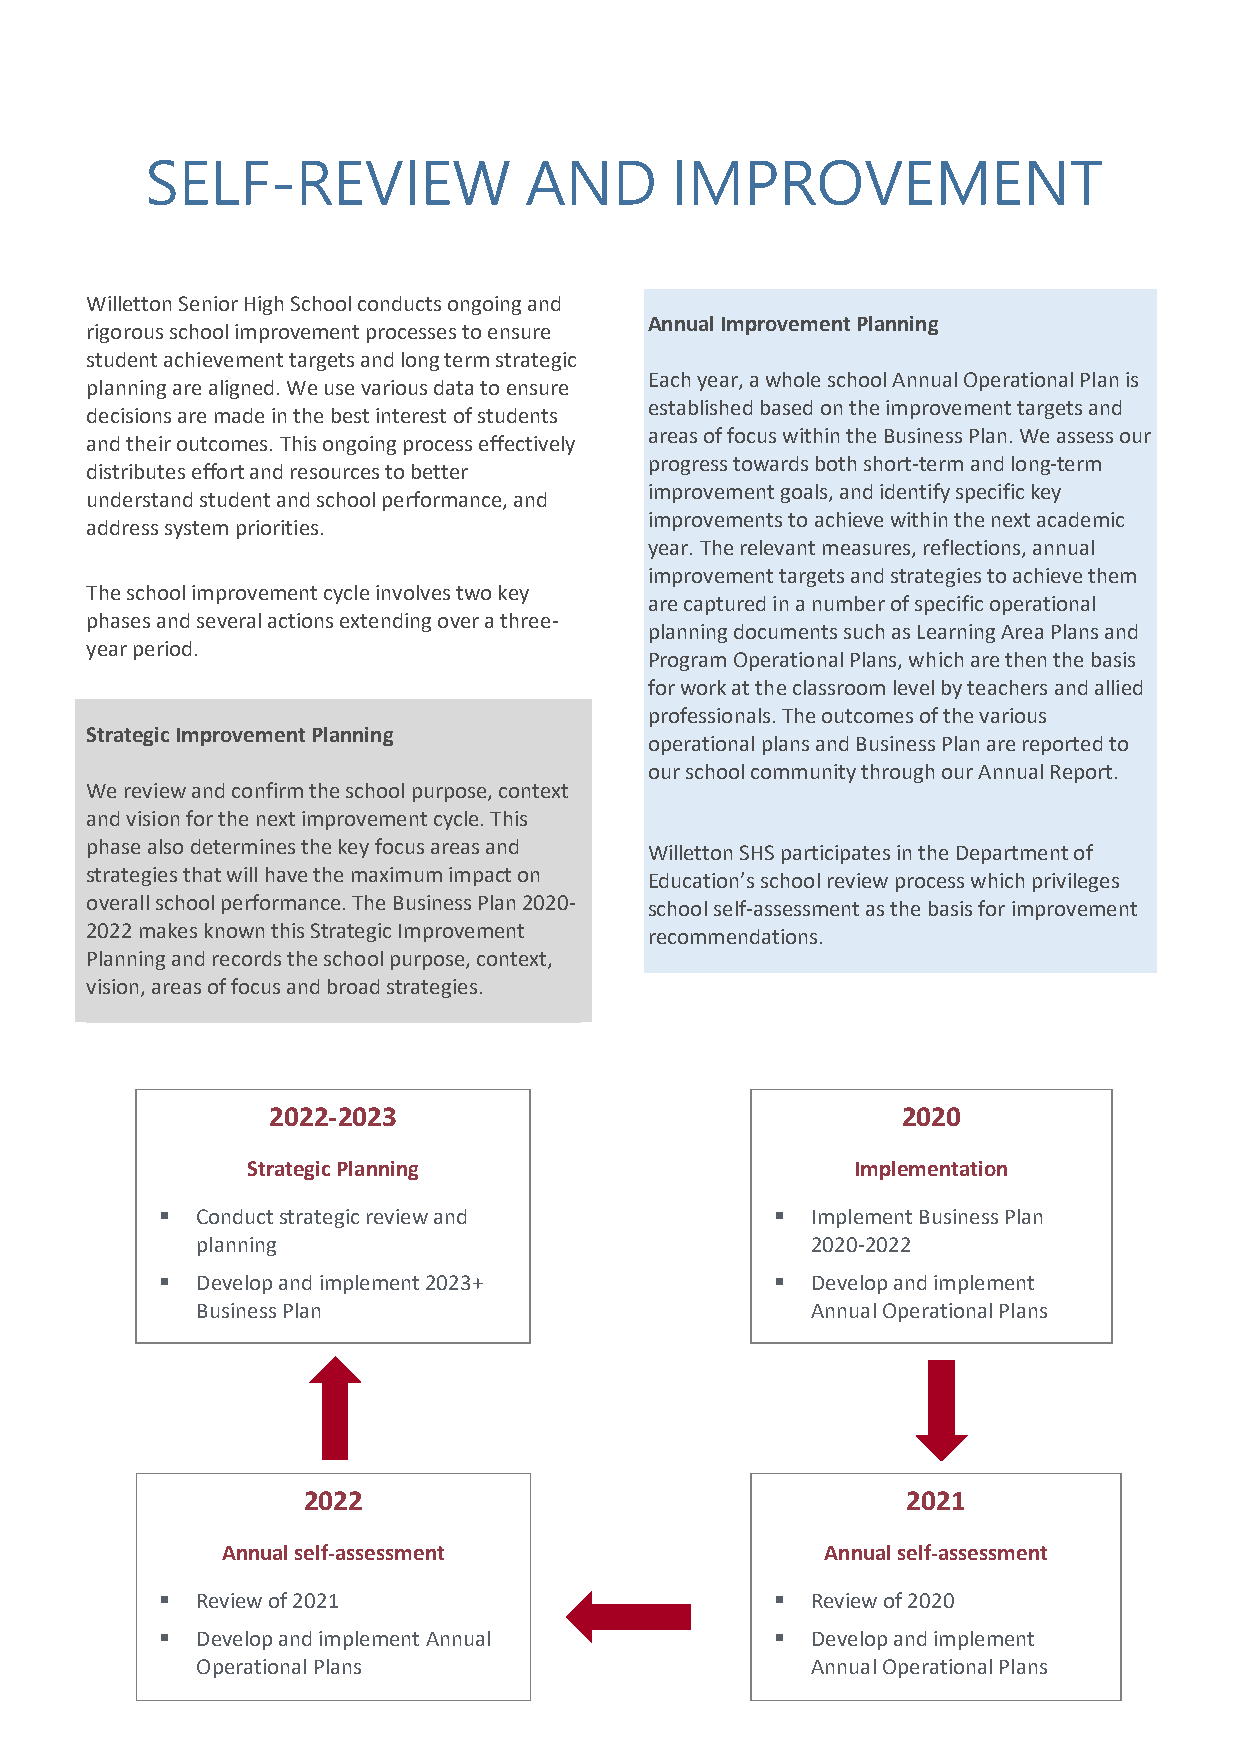
SELF-REVIEW              AND      IMPROVEMENT
 PROCESS
 Willetton Senior High School conducts ongoing and
 Annual Improvement Planning
 rigorous school improvement processes to ensure
 student achievement targets and long term strategic
 Each year, a whole school Annual Operational Plan is
 planning are aligned. We use various data to ensure
 established based on the improvement targets and
 decisions are made in the best interest of students
 areas of focus within the Business Plan. We assess our
 and their outcomes. This ongoing process effectively
 progress towards both short-term and long-term
 distributes effort and resources to better
 improvement goals, and identify specific key
 understand student and school performance, and
 improvements to achieve within the next academic
 address system priorities.
 year. The relevant measures, reflections, annual
 improvement targets and strategies to achieve them
 The school improvement cycle involves two key
 are captured in a number of specific operational
 phases and several actions extending over a three-
 planning documents such as Learning Area Plans and
 year period.
 Program Operational Plans, which are then the basis
 for work at the classroom level by teachers and allied
 professionals. The outcomes of the various
 Strategic Improvement Planning
 operational plans and Business Plan are reported to
 our school community through our Annual Report.
 We review and confirm the school purpose, context
 and vision for the next improvement cycle. This
 phase also determines the key focus areas and Willetton SHS participates in the Department of
 strategies that will have the maximum impact on Education’s school review process which privileges
 overall school performance. The Business Plan 2020- school self-assessment as the basis for improvement
 2022 makes known this Strategic Improvement recommendations.
 Planning and records the school purpose, context,
 vision, areas of focus and broad strategies.
 2022-2023                                 2020
 Strategic Planning                       Implementation
  Conduct strategic review and            Implement Business Plan
 planning                                 2020-2022
  Develop and implement 2023+             Develop and implement
 Business Plan                            Annual Operational Plans
 2022                                    2021
 Annual self-assessment                  Annual self-assessment
  Review of 2021                          Review of 2020
  Develop and implement Annual            Develop and imp le ment
 IMPROVEMENT                  TARGETS
 Operational Plans                        Annual Operational Plans